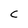
Character: C